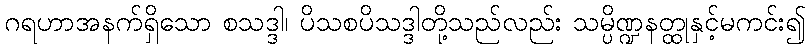
ဂရဟာအနက်ရှိသော စသဒ္ဒါ၊ ပိသစပိသဒ္ဒါတို့သည်လည်း သမ္ပိဏ္ဍနတ္ထုနှင့်မကင်း၍